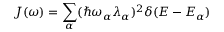
J ( \omega ) = \sum _ { \alpha } ( \hbar \omega _ { \alpha } \lambda _ { \alpha } ) ^ { 2 } \delta ( E - E _ { \alpha } )